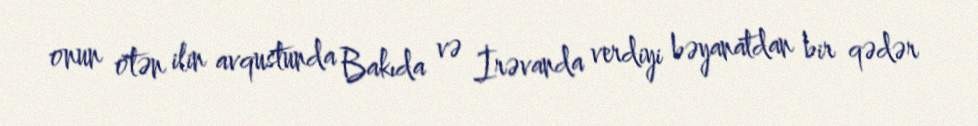
onun ötən ilin avqustunda Bakıda və İrəvanda verdiyi bəyanatdan bir qədər